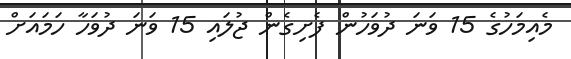
މެއިމަހުގެ 15 ވަނަ ދުވަހުން ފެށިގެން ޖުލައި 15 ވަނަ ދުވަހާ ހަމައަށް